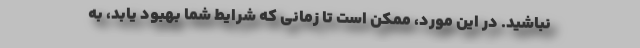
نباشید. در این مورد، ممکن است تا زمانی که شرایط شما بهبود یابد، به